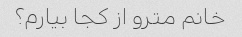
خانم مترو از کجا بیارم؟